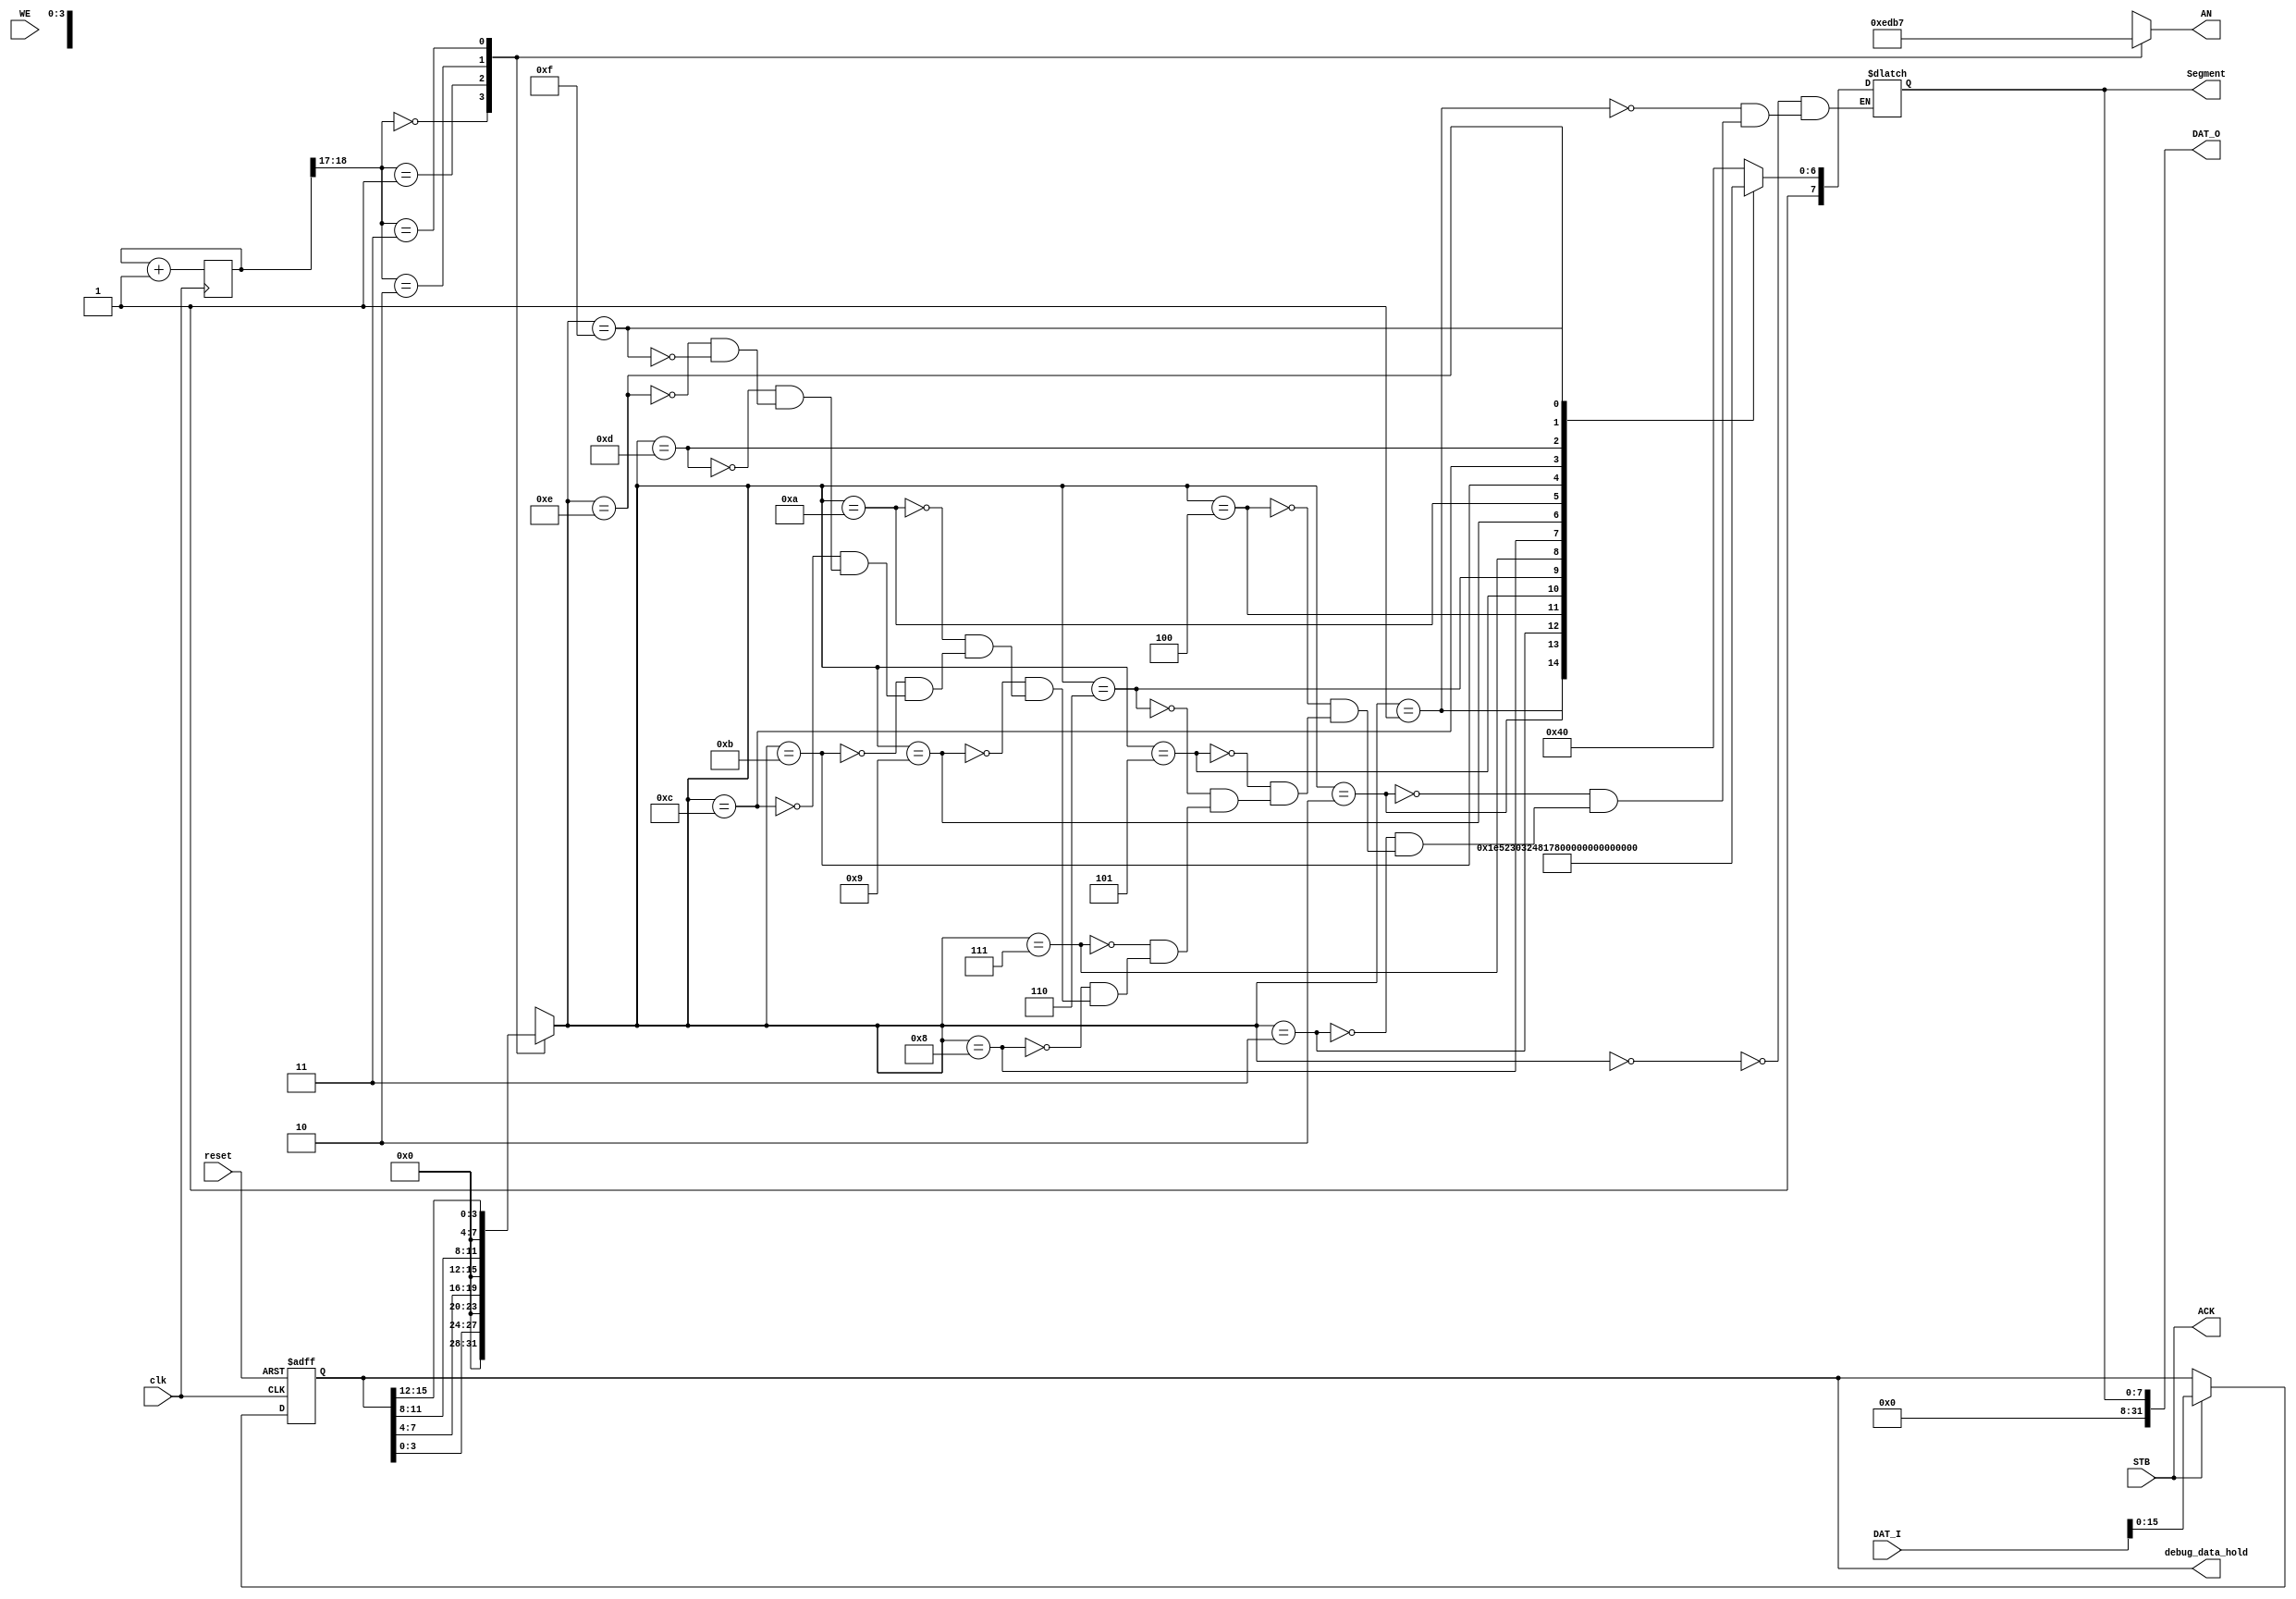
module Seven_seg(clk, reset, DAT_I, STB, DAT_O, ACK, WE, Segment, AN, debug_data_hold);
    input clk, reset;
    input [31: 0] DAT_I;
    input STB;
    input WE;
    output reg [3: 0] AN;
    output [7: 0] Segment;
    output [31: 0] DAT_O;
    output ACK;
    output [15: 0] debug_data_hold;
    reg [7: 0] digit_seg, digit;
    reg [15: 0] data_hold = 16'h2333;
    reg [31: 0] cnt = 0;
    wire [1: 0] scan;
    always @(posedge clk) begin
        cnt <= cnt + 1;
    end
    assign scan = cnt[18: 17];
    assign ACK = STB;
    assign Segment = digit_seg;
    assign DAT_O = Segment;
    always @(posedge clk or posedge reset) begin
        if (reset) data_hold <= 16'h2333;
        else data_hold <= STB ? DAT_I : data_hold;
    end
    always @* begin
        case(scan)
            0: AN = 4'b1110;
            1: AN = 4'b1101;
            2: AN = 4'b1011;
            3: AN = 4'b0111;
        endcase
    end
    always @* begin
        case(scan)
            0: digit = data_hold[3: 0];
            1: digit = data_hold[7: 4];
            2: digit = data_hold[11: 8];
            3: digit = data_hold[15: 12];
        endcase
    end
    always @* begin
        case(digit)
            4'b0000: digit_seg = 8'b11000000;
            4'b0001: digit_seg = 8'b11111001;
            4'b0010: digit_seg = 8'b10100100;
            4'b0011: digit_seg = 8'b10110000;
            4'b0100: digit_seg = 8'b10011001;
            4'b0101: digit_seg = 8'b10010010;
            4'b0110: digit_seg = 8'b10000010;
            4'b0111: digit_seg = 8'b11111000;
            4'b1000: digit_seg = 8'b10000000;
            4'b1001: digit_seg = 8'b10010000;
            4'b1010: digit_seg = 8'b10001000;
            4'b1011: digit_seg = 8'b10000011;
            4'b1100: digit_seg = 8'b11000110;
            4'b1101: digit_seg = 8'b10100001;
            4'b1110: digit_seg = 8'b10000110;
            4'b1111: digit_seg = 8'b10001110;
        endcase
    end
    assign debug_data_hold = data_hold;
endmodule